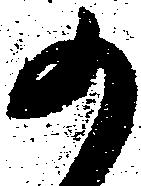
か